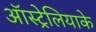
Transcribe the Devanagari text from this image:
ऑस्ट्रेलियाके